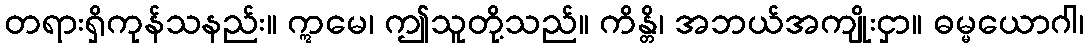
တရားရှိကုန်သနည်း။ ဣမေ၊ ဤသူတို့သည်။ ကိန္တိ၊ အဘယ်အကျိုးငှာ။ ဓမ္မယောဂါ၊